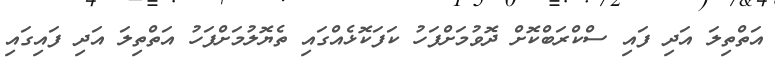
އަތްތިލަ އަދި ފައި ސްކްރަބްކޮށް ދޮވުމަށްފަހު ކަފަކޮޅެއްގައި ތެޔޮލުމަށްފަހު އަތްތިލަ އަދި ފައިގައި